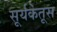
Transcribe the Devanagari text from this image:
सूर्यकेतूस